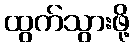
ထွက်သွားဖို့